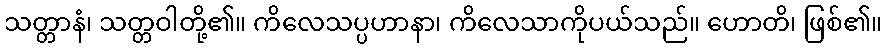
သတ္တာနံ၊ သတ္တဝါတို့၏။ ကိလေသပ္ပဟာနာ၊ ကိလေသာကိုပယ်သည်။ ဟောတိ၊ ဖြစ်၏။